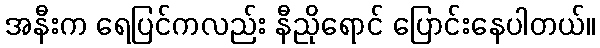
အနီးက ရေပြင်ကလည်း နီညိုရောင် ပြောင်းနေပါတယ်။